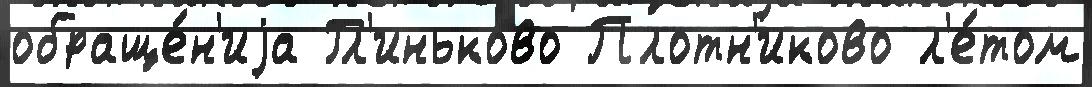
обраще́н'иjа Гл'иньково Плотн'иково л'е́том